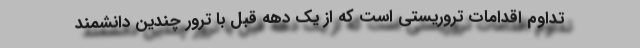
تداوم اقدامات تروریستی است که از یک دهه قبل با ترور چندین دانشمند